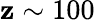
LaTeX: \mathbf{z}\sim100